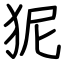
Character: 狔